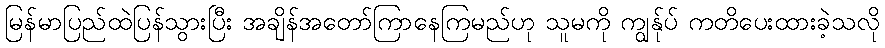
မြန်မာပြည်ထဲပြန်သွားပြီး အချိန်အတော်ကြာနေကြမည်ဟု သူမကို ကျွန်ုပ် ကတိပေးထားခဲ့သလို